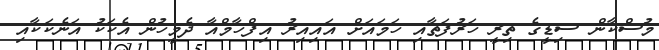
މުސްކާން ސިޑީގެ ތިރީ ހަރުފަތާއި ހަމައަށް އައިއިރު އިފްހާމްއާ ދެމީހުން އެކަކު އަނެކަކާއި